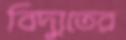
বিদ্যুতের